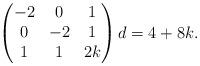
LaTeX: \begin{align*}\begin{pmatrix}-2 & 0 & 1 \\ 0 & -2 & 1 \\ 1 & 1 & 2k\end{pmatrix} d=4+8k.\end{align*}